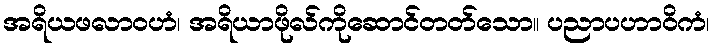
အရိယဖလာဝဟံ၊ အရိယာဖိုလ်ကိုဆောင်တတ်သော။ ပညာပဟာဝိကံ၊